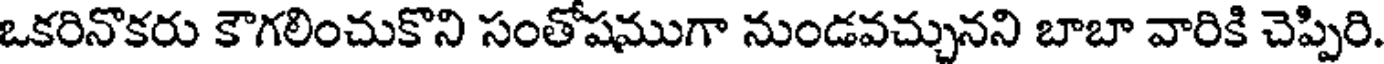
ఒకరినొకరు కౌగలించుకొని సంతోషముగా నుండవచ్చునని బాబా వారికి చెప్పిరి.